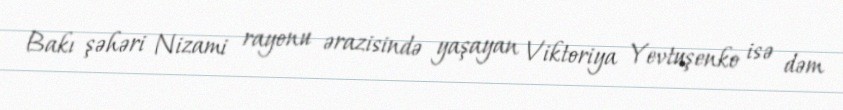
Bakı şəhəri Nizami rayonu ərazisində yaşayan Viktoriya Yevtuşenko isə dəm